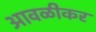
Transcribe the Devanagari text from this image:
आवळीकर